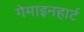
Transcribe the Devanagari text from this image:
गेमाइनहार्ट